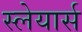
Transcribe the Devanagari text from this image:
स्लेयार्स